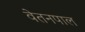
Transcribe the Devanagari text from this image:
वेतनपाल